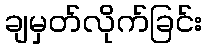
ချမှတ်လိုက်ခြင်း